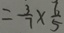
= \frac { 3 } { 7 } \times \frac { 6 } { 5 }